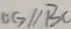
O G / / B C